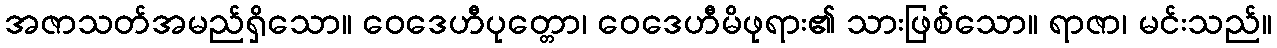
အဇာသတ်အမည်ရှိသော။ ဝေဒေဟီပုတ္တော၊ ဝေဒေဟီမိဖုရား၏ သားဖြစ်သော။ ရာဇာ၊ မင်းသည်။